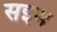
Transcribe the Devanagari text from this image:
सइम